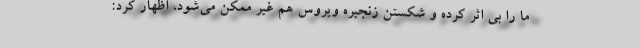
ما را بی اثر کرده و شکستن زنجیره ویروس هم غیر ممکن می‌شود، اظهار کرد: